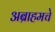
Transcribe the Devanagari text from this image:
अब्राहमचे